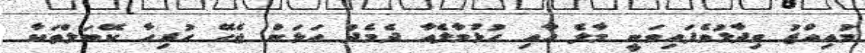
މުއިއްޒު ވިދާޅުވެފައިވަނީ މާލެ އާއި ހުޅުމާލެއާ ދެމެދު އަޅަން ޖެހޭ ހުރިހާ ކޭބަލްތަކާ